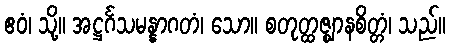
ဧဝံ၊ သို့။ အဋ္ဌင်္ဂသမန္နာဂတံ၊ သော။ စတုတ္ထဇ္ဈာနစိတ္တံ၊ သည်။